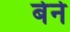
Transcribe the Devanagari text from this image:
बेर्ने